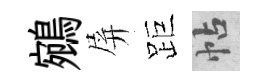
鵷屏距帖